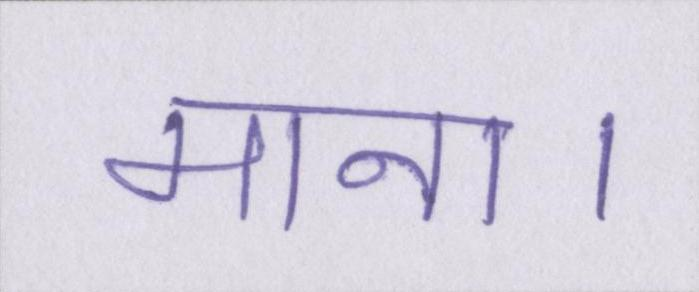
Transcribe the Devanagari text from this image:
माना।